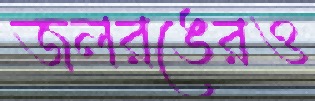
জলরঙেরও